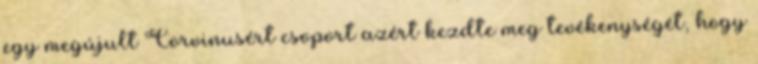
egy megújult Corvinusért csoport azért kezdte meg tevékenységét, hogy